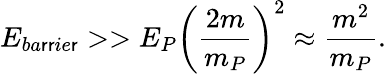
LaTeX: E_{ba\mathsf{r}\mathsf{r}ie\mathsf{r}}>>E_{P}\left({\frac{{2m}}{{m_{P}}}}\right)^{2}\approx{\frac{{m^{2}}}{{m_{P}}}}.